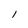
Character: l